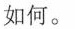
如何。